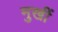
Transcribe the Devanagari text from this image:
मुखीं